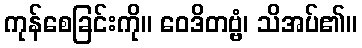
ကုန်စေခြင်းကို။ ဝေဒိတဗ္ဗံ၊ သိအပ်၏။